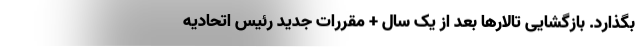
بگذارد. بازگشایی تالارها بعد از یک سال + مقررات جدید رئیس اتحادیه